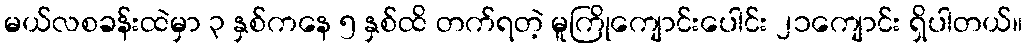
မယ်လစခန်းထဲမှာ ၃ နှစ်ကနေ ၅ နှစ်ထိ တက်ရတဲ့ မူကြိုကျောင်းပေါင်း ၂၁ကျောင်း ရှိပါတယ်။